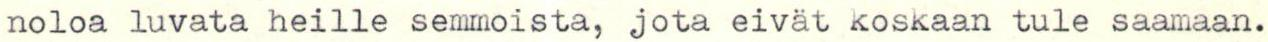
noloa luvata heille semmoista, jota eivät koskaan tule saamaan.